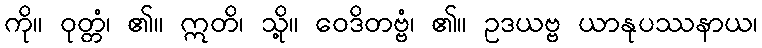
ကို။ ဝုတ္တံ၊ ၏။ ဣတိ၊ သို့။ ဝေဒိတဗ္ဗံ၊ ၏။ ဥဒယဗ္ဗ ယာနုပဿနာယ၊